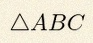
\triangle ABC